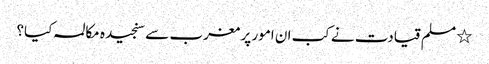
٭ مسلم قیادت نے کب ان امور پر مغرب سے سنجیدہ مکالمہ کیا؟